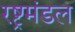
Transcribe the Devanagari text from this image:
रष्ट्रमंडल